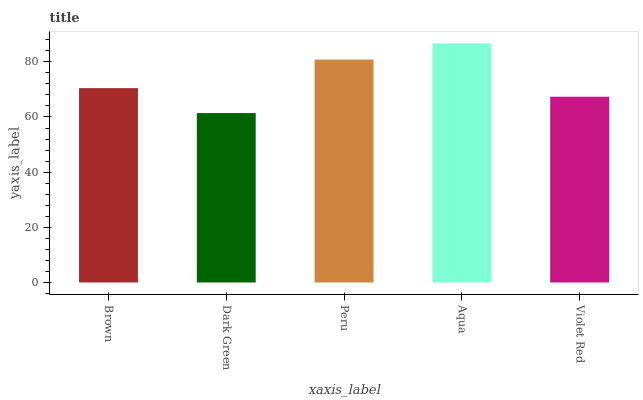
| xaxis_label | bars |
 | --- | --- |
 | Brown | 70.5 |
 | Dark Green | 61.4 |
 | Peru | 80.8 |
 | Aqua | 86.7 |
 | Violet Red | 67.3 |